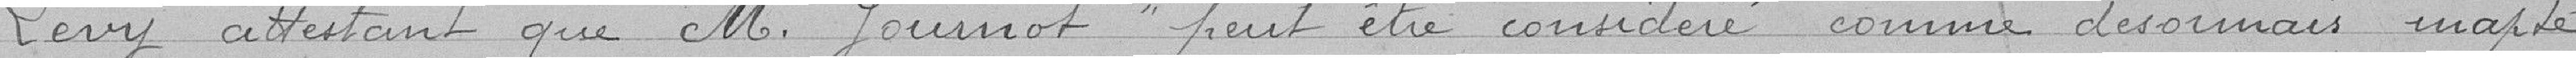
Lévy attestant que M. Journot peut être considéré comme désormais inapte